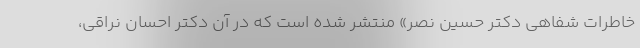
خاطرات شفاهی دکتر حسین نصر» منتشر شده است که در آن دکتر احسان نراقی،